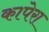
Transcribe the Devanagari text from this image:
कापेरा